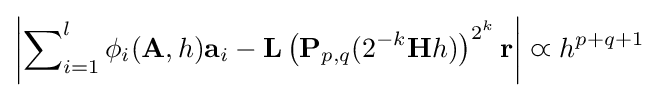
\left\vert \sum \nolimits _{i=1}^{l}\phi _{i}(\mathbf {A} ,h)\mathbf {a} _{i}-\mathbf {L} \left(\mathbf {\mathbf {P} } _{p,q}(2^{-k}\mathbf {H} h)\right)^{2^{k}}\mathbf {r} \right\vert \varpropto h^{p+q+1}